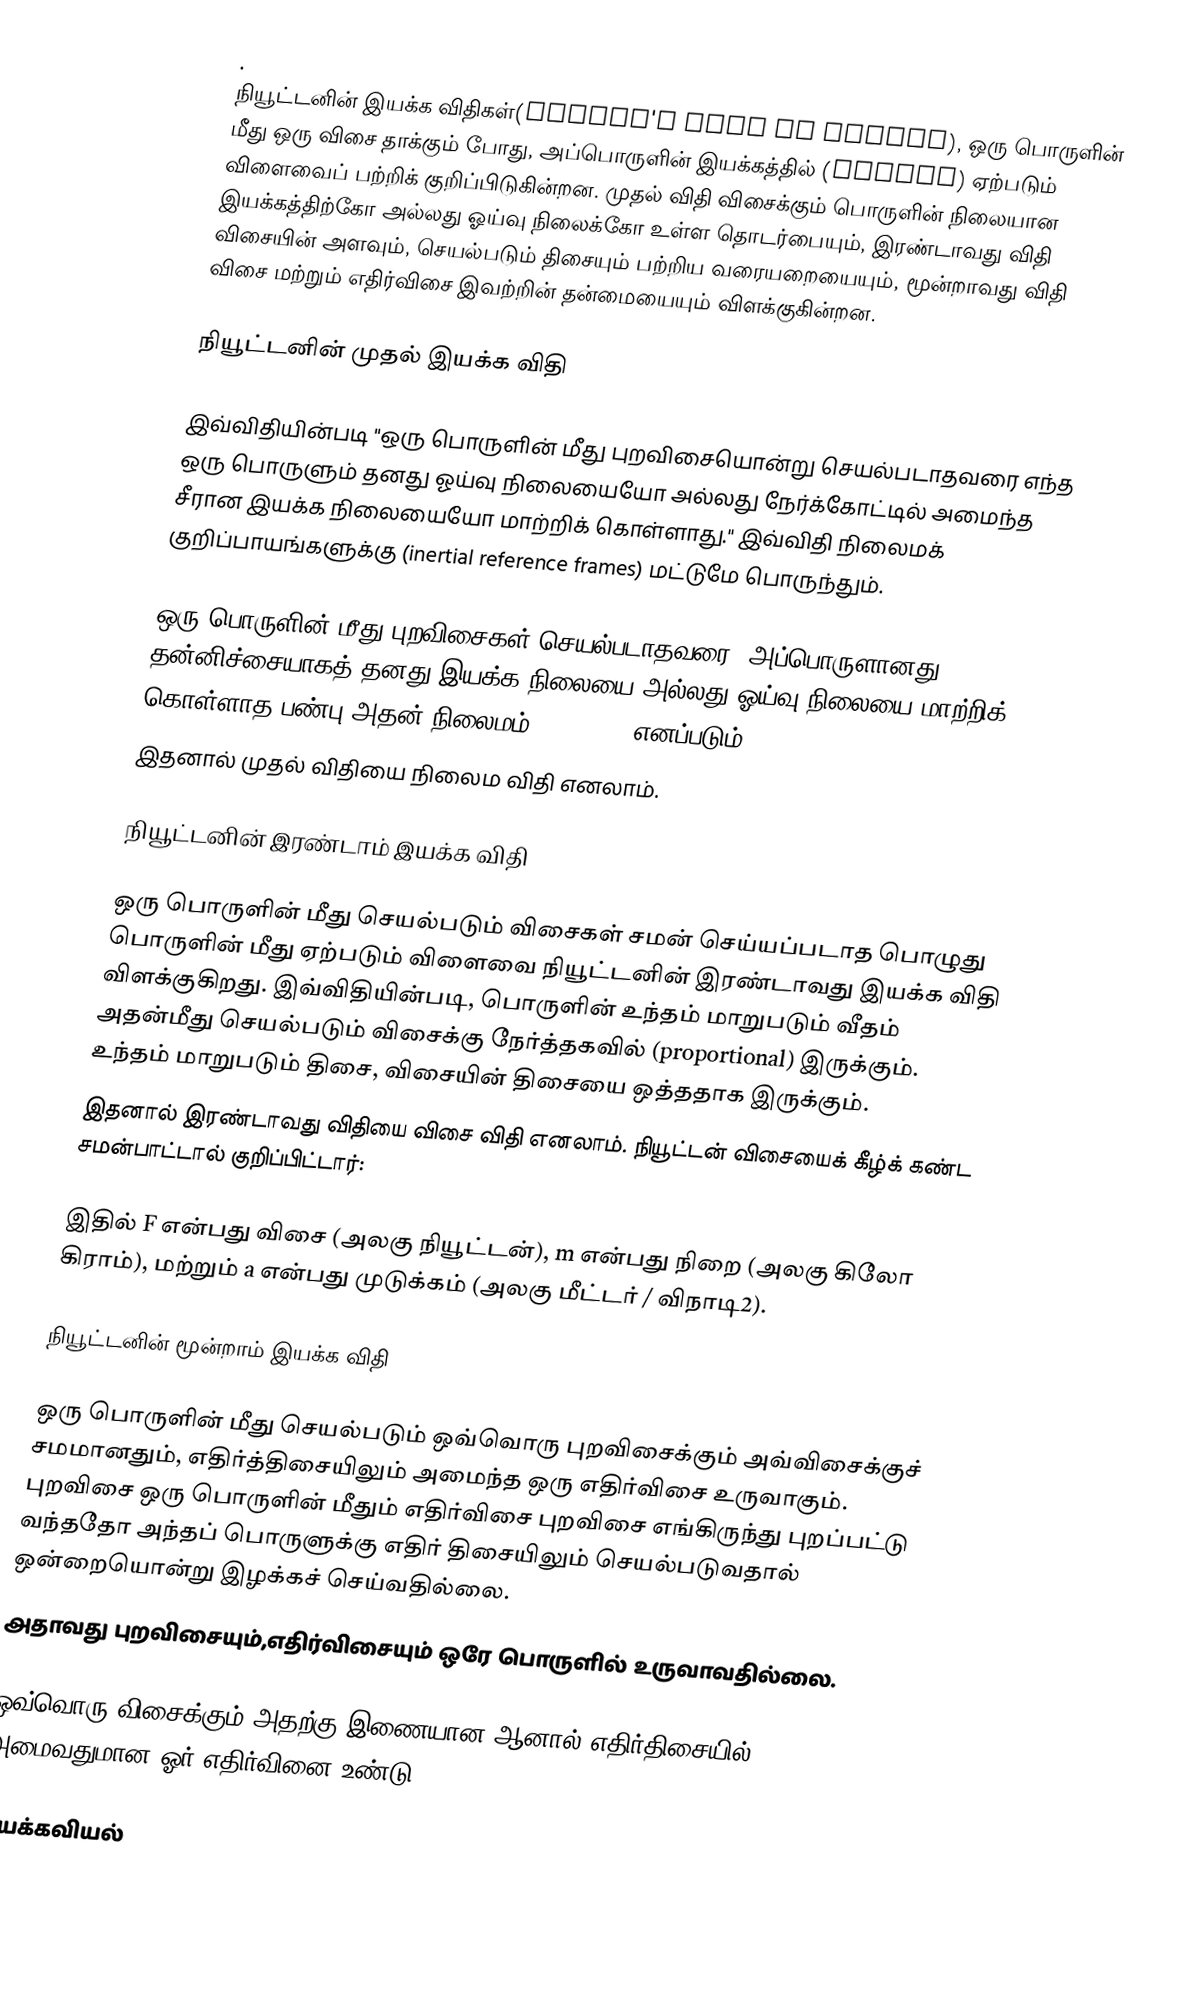
.
நியூட்டனின் இயக்க விதிகள்(Newton's laws of motion), ஒரு பொருளின் மீது ஒரு  விசை தாக்கும் போது, அப்பொருளின் இயக்கத்தில் (motion)  ஏற்படும் விளைவைப் பற்றிக் குறிப்பிடுகின்றன. முதல் விதி விசைக்கும் பொருளின் நிலையான இயக்கத்திற்கோ அல்லது ஓய்வு நிலைக்கோ உள்ள தொடர்பையும், இரண்டாவது விதி விசையின் அளவும், செயல்படும் திசையும் பற்றிய வரையறையையும், மூன்றாவது விதி விசை மற்றும் எதிர்விசை இவற்றின் தன்மையையும் விளக்குகின்றன.

நியூட்டனின் முதல் இயக்க விதி

இவ்விதியின்படி "ஒரு பொருளின் மீது புறவிசையொன்று செயல்படாதவரை எந்த ஒரு பொருளும் தனது ஓய்வு நிலையையோ அல்லது நேர்க்கோட்டில் அமைந்த சீரான இயக்க நிலையையோ மாற்றிக் கொள்ளாது." இவ்விதி நிலைமக் குறிப்பாயங்களுக்கு (inertial reference frames) மட்டுமே பொருந்தும்.

ஒரு பொருளின் மீது புறவிசைகள் செயல்படாதவரை, அப்பொருளானது தன்னிச்சையாகத் தனது இயக்க நிலையை அல்லது ஓய்வு நிலையை மாற்றிக் கொள்ளாத பண்பு அதன் நிலைமம் (Inertia) எனப்படும்.
இதனால் முதல் விதியை நிலைம விதி எனலாம்.

நியூட்டனின் இரண்டாம் இயக்க விதி

ஒரு பொருளின் மீது செயல்படும் விசைகள் சமன் செய்யப்படாத பொழுது பொருளின் மீது ஏற்படும் விளைவை நியூட்டனின் இரண்டாவது இயக்க விதி விளக்குகிறது. இவ்விதியின்படி, பொருளின் உந்தம் மாறுபடும் வீதம் அதன்மீது செயல்படும் விசைக்கு நேர்த்தகவில் (proportional) இருக்கும். உந்தம் மாறுபடும் திசை, விசையின் திசையை ஒத்ததாக இருக்கும்.
இதனால் இரண்டாவது விதியை விசை விதி எனலாம். நியூட்டன் விசையைக் கீழ்க் கண்ட சமன்பாட்டால் குறிப்பிட்டார்:

இதில் F என்பது விசை (அலகு நியூட்டன்), m என்பது நிறை (அலகு கிலோ கிராம்), மற்றும் a என்பது முடுக்கம் (அலகு மீட்டர் / விநாடி2).

நியூட்டனின் மூன்றாம் இயக்க விதி

ஒரு பொருளின் மீது செயல்படும் ஒவ்வொரு புறவிசைக்கும் அவ்விசைக்குச் சமமானதும், எதிர்த்திசையிலும் அமைந்த ஒரு எதிர்விசை உருவாகும். புறவிசை ஒரு பொருளின் மீதும் எதிர்விசை புறவிசை எங்கிருந்து புறப்பட்டு வந்ததோ அந்தப் பொருளுக்கு எதிர் திசையிலும் செயல்படுவதால் ஒன்றையொன்று இழக்கச் செய்வதில்லை.
அதாவது புறவிசையும்,எதிர்விசையும் ஒரே பொருளில் உருவாவதில்லை.

ஒவ்வொரு விசைக்கும் அதற்கு இணையான ஆனால் எதிர்திசையில் அமைவதுமான ஓர் எதிர்வினை உண்டு

இயக்கவியல்